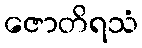
ဇောတိရသံ